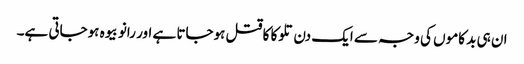
ان ہی بد کاموں کی وجہ سے ایک دن تلوکا کا قتل ہوجاتا ہے اور رانو بیوہ ہوجاتی ہے۔